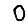
Digit: 0